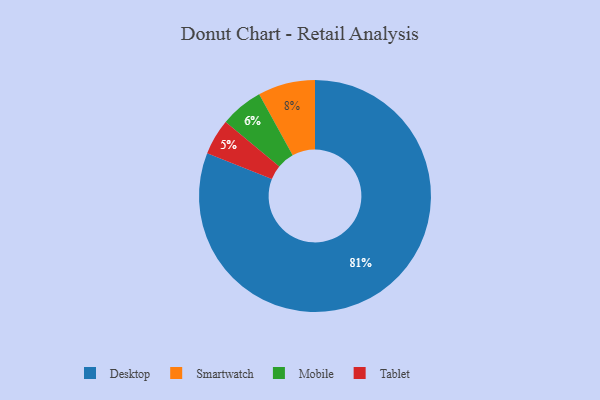
{"axis": {"x": "Category", "y": "Percentage"}, "legend": ["Desktop", "Mobile", "Smartwatch", "Tablet"], "data": [{"x": "Desktop", "y": 81, "type": "Desktop"}, {"x": "Mobile", "y": 6, "type": "Mobile"}, {"x": "Tablet", "y": 5, "type": "Tablet"}, {"x": "Smartwatch", "y": 8, "type": "Smartwatch"}]}